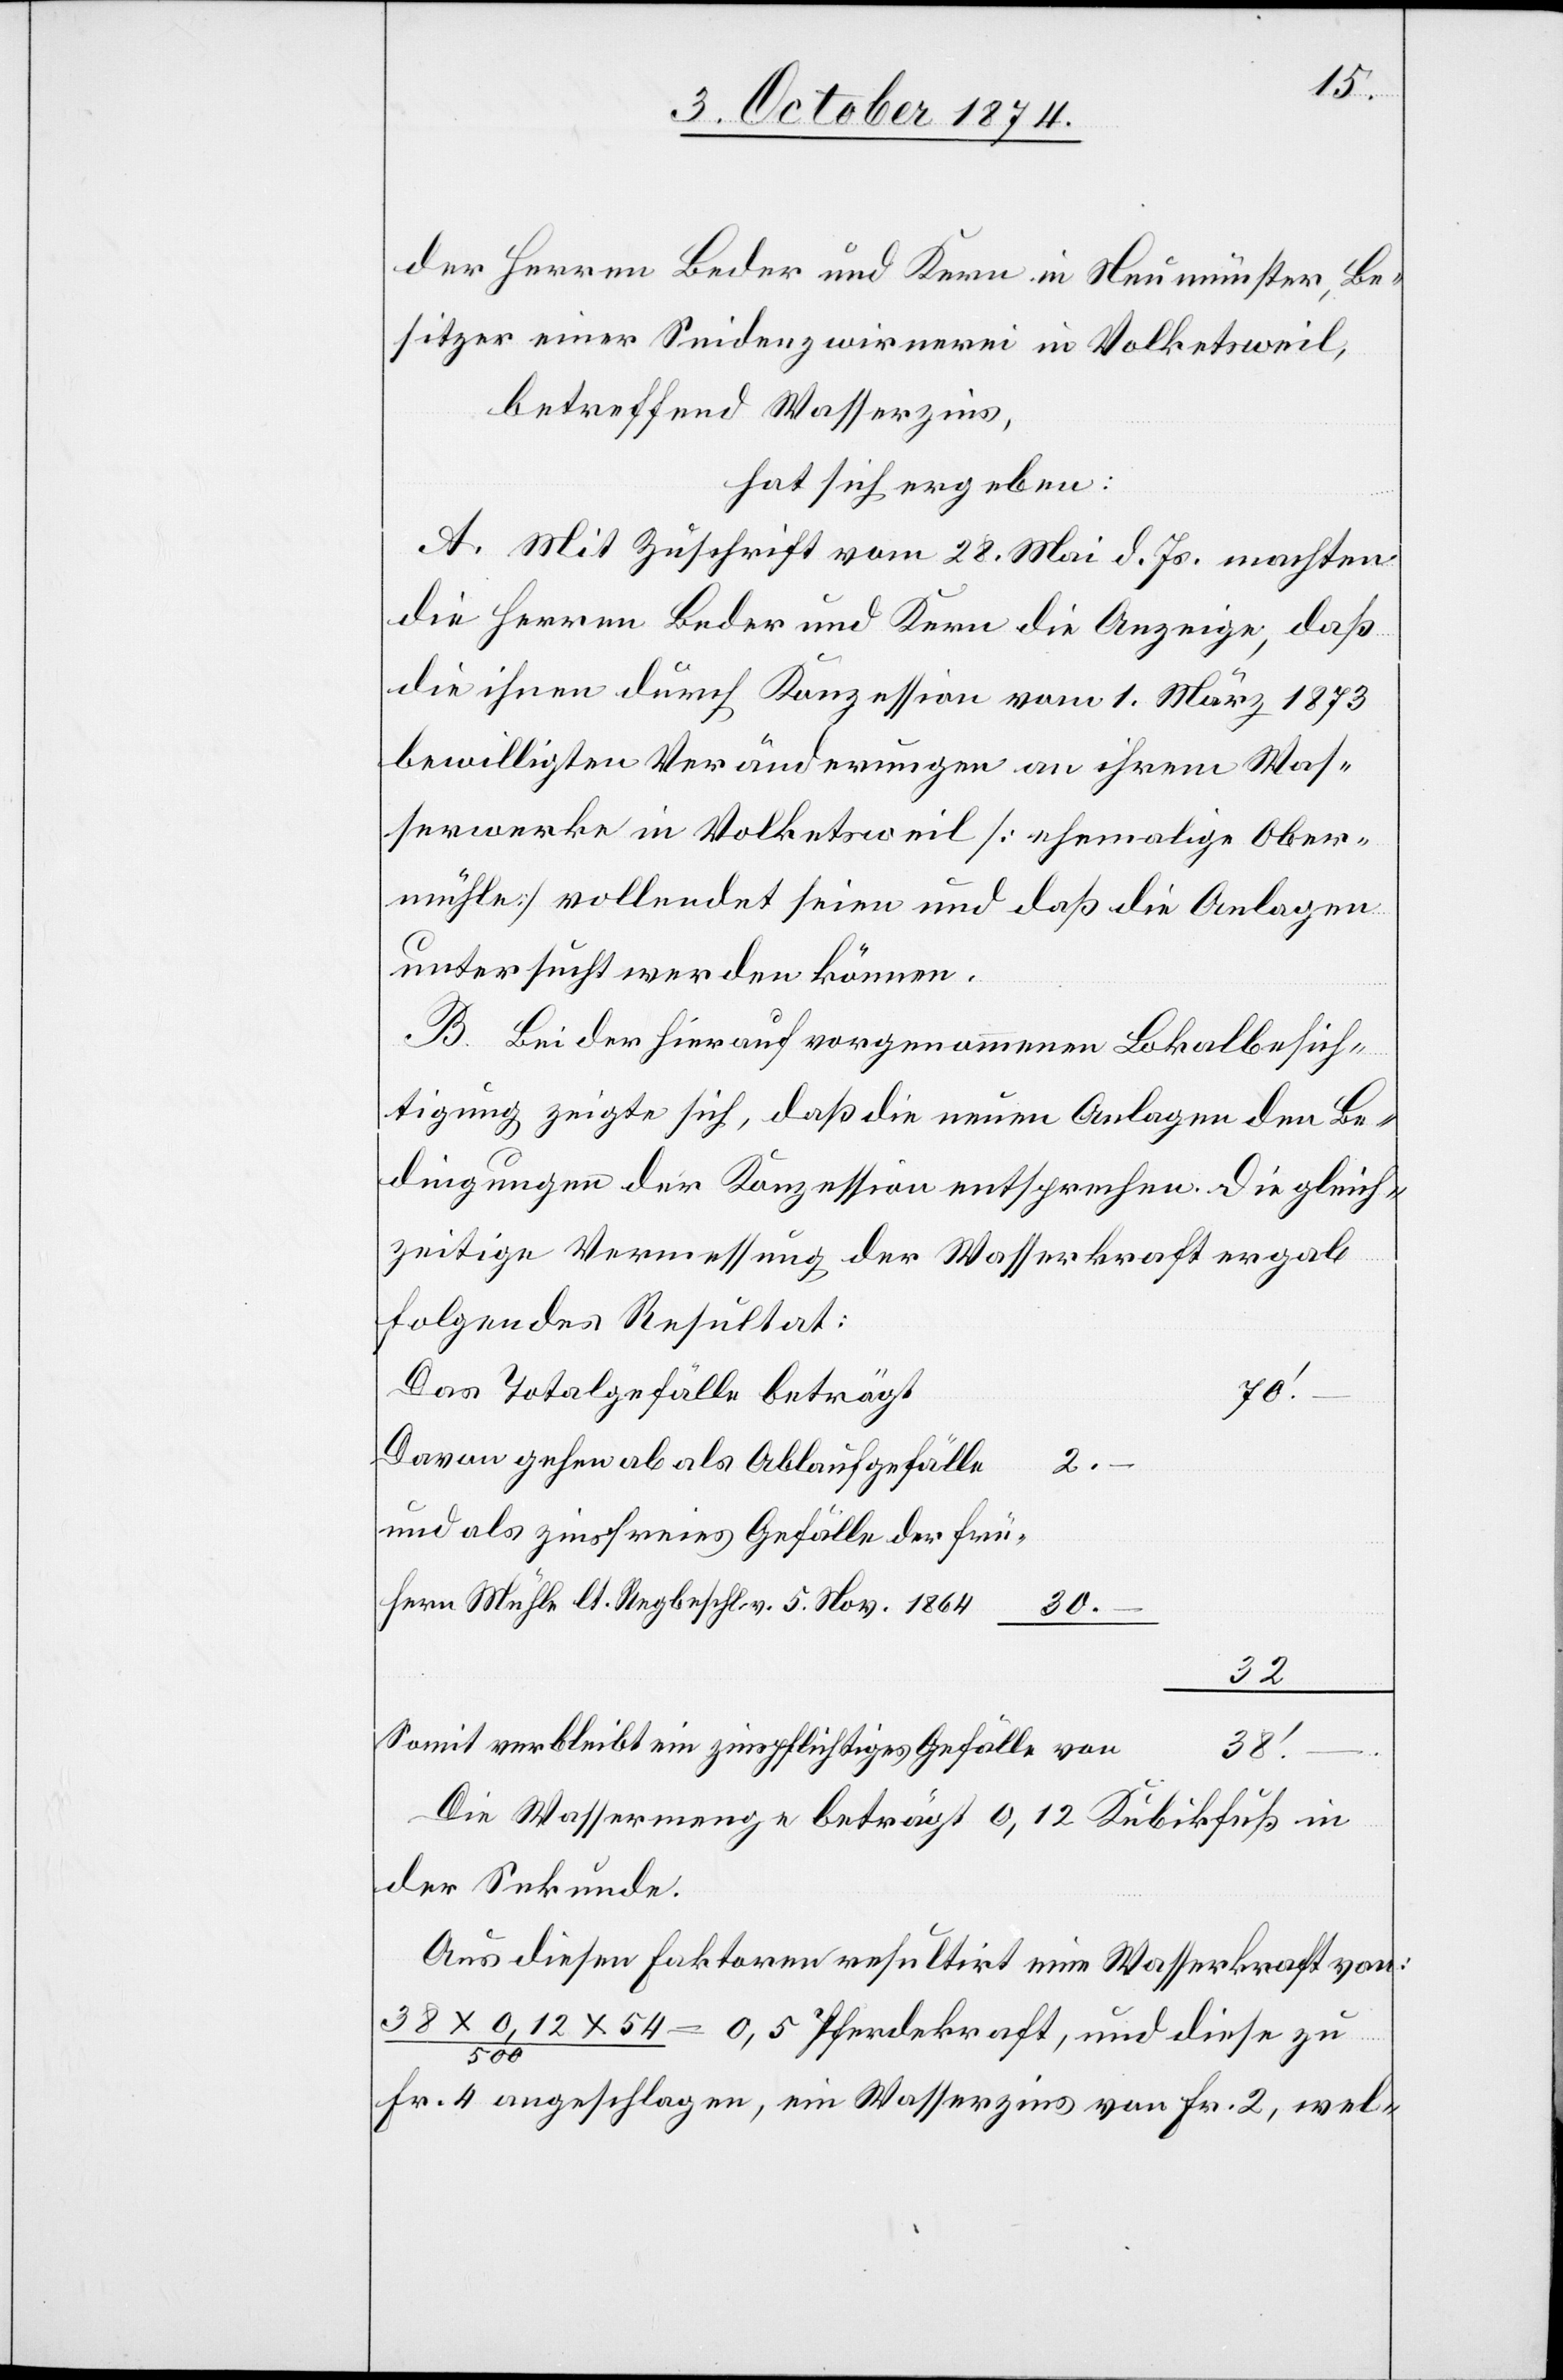
der Herren Beder und Kern in Neumünster, Be¬
sitzer einer Seidenzwirnerei in Volketsweil,
betreffend Wasserzins,
hat sich ergeben:
A. Mit Zuschrift vom 28. Mai d. Js. machten
die Herren Beder und Kern die Anzeige, daß
die ihnen durch Konzession vom 1. März 1873
bewilligten Veränderungen an ihrem Was¬
serwerke in Volketsweil [ehemalige Ober¬
mühle] vollendet seien und daß die Anlagen
untersucht werden können.
B. Bei der hierauf vorgenommenen Lokalbesich¬
tigung zeigte sich, daß die neuen Anlagen den Be¬
dingungen der Konzession entsprechen. Die gleich¬
zeitige Vermessung der Wasserkraft ergab
folgendes Resultat:
Das Totalgefälle beträgt
70‘.–
Davon gehen ab als Ablaufgefälle
2.–
und als zinsfreies Gefälle der frü¬
hern Mühle lt. Reg. Beschl. v. 5. Nov. 1864
30.–
32.
Die Wassermenge beträgt 0,12 Kubikfuß in
der Sekunde.
Aus diesen Faktoren resultirt eine Wasserkraft von:
38 x 0,12 x 45/500 = 0,5 Pferdekraft, und diese zu
Fr. 4 angeschlagen, ein Wasserzins von Fr. 2, wel-